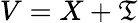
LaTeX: V=X+\mathfrak{T}